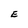
Character: E